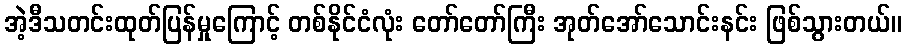
အဲ့ဒီသတင်းထုတ်ပြန်မှုကြောင့် တစ်နိုင်ငံလုံး တော်တော်ကြီး အုတ်အော်သောင်းနင်း ဖြစ်သွားတယ်။